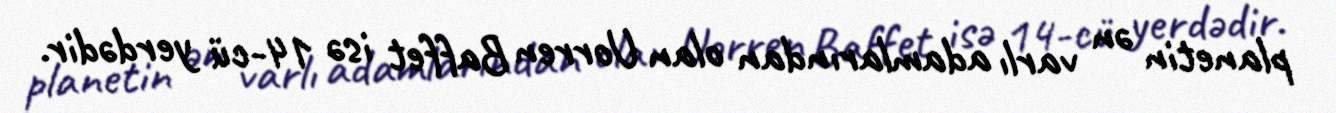
planetin ən varlı adamlarından olan Uorren Baffet isə 14-cü yerdədir.